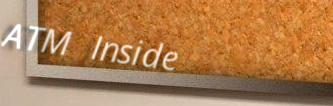
ATM Inside